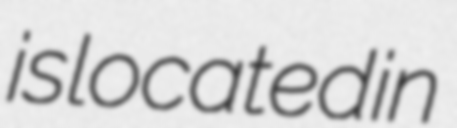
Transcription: is located in